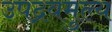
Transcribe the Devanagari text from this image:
उपद्रवमुल्य